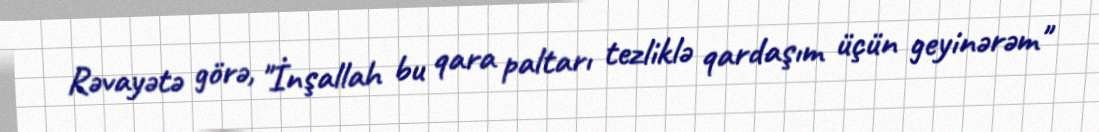
Rəvayətə görə, "İnşallah bu qara paltarı tezliklə qardaşım üçün geyinərəm"